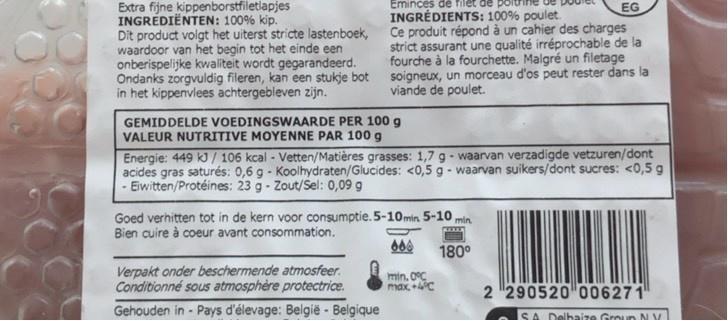
Extra fijne kippenborstfiletiapjes INGREDIËNTEN: 100% kip. Dit product volgt het uiterst stricte lastenboek, waardoor van het begin tot het einde een onberispelijke kwaliteit wordt gegarandeerd. Ondanks zorgvuldig fileren, kan een stukje bot in het kippenvlees achtergebleven zijn.
Eminces de filet de INGRÉDIENTS: 100% poulet. Ce produit répond à un cahier des charges strict assurant une qualité irréprochable de la fourche à la fourchette. Malgré un filetage soigneux, un morceau d'os peut rester dans la viande de poulet.
EG
GEMIDDELDE VOEDINGSWAARDE PER 100 g VALEUR NUTRITIVE MOYENNE PAR 100 g
Energie: 449 k/ 106 kcal - Vetten/Matières grasses: 1,7 g - waarvan verzadigde vetzuren/dont acides gras saturés: 0,6 g - Koolhydraten/Glucides: <0,5 g - waarvan suikers/dont sucres: <0,5 g Eiwitten/Protéines: 23 g- Zout/Sel: 0,09 g
Goed verhitten tot in de kern voor consumptie. 5-10min 5-10 min Bien cuire à coeur avant consommation.
180°
Verpakt onder beschermende atmosfeer. Conditionné sous atmosphère protectrice.
min. 0°C max +4C
2 290520 006271
Gehouden in - Pays d'élevage: België - Belgique
SA Delhaire Groun NV